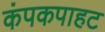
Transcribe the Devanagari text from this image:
कंपकपाहट